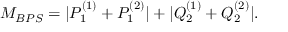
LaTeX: M _ { B P S } = | P _ { 1 } ^ { ( 1 ) } + P _ { 1 } ^ { ( 2 ) } | + | Q _ { 2 } ^ { ( 1 ) } + Q _ { 2 } ^ { ( 2 ) } | .